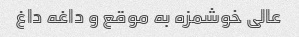
عالی خوشمزه به موقع و داغه داغ